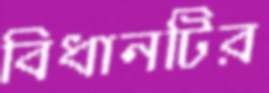
বিধানটির